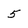
Character: 5